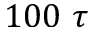
1 0 0 ~ \tau